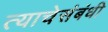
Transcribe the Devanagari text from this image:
त्याचेसंबंधी